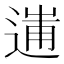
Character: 𨔲